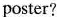
poster?